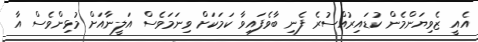
އެއީ ޒެވިޔަންމެން ކުޑައިރުއްސުރެ ފެނި ބާވެފައިވާ ކަމަކަށް ވިނަމަވެސް އަލީނާއަށް މުޅިންވެސް އާ